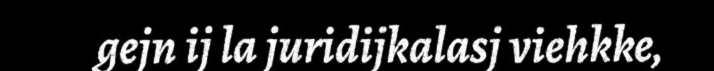
gejn ij la juridijkalasj viehkke,